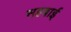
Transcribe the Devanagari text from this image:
सहबाई